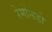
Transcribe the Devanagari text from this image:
रेमोनडो